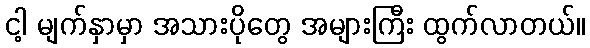
ငါ့ မျက်နှာမှာ အသားပိုတွေ အများကြီး ထွက်လာတယ်။